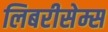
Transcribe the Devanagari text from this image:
लिबरीसेम्स